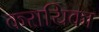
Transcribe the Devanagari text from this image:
करायिका